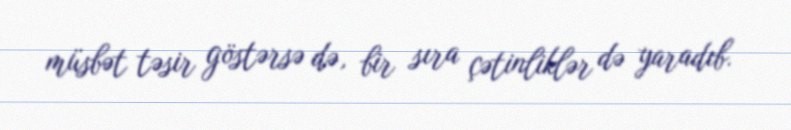
müsbət təsir göstərsə də, bir sıra çətinliklər də yaradıb.